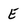
Character: E